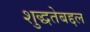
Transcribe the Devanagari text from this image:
शुद्धतेबद्दल